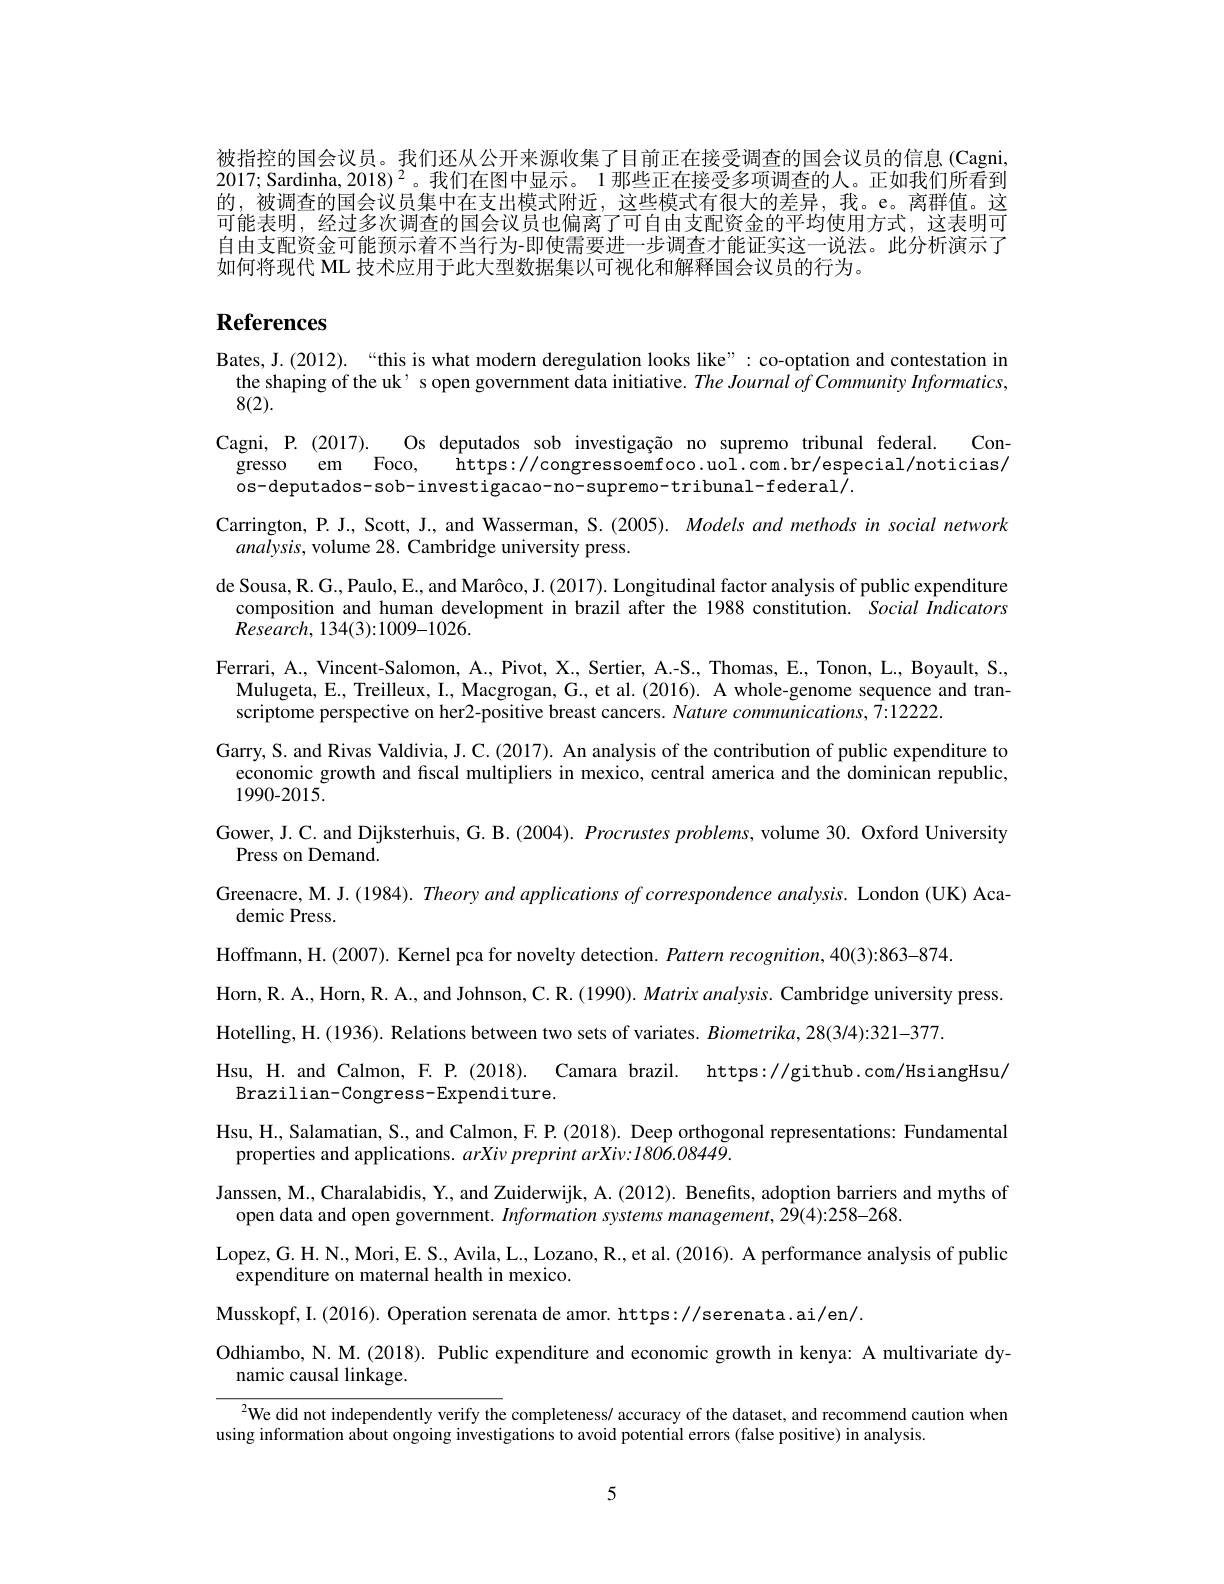
被指控的国会议员。我们还从公开来源收集了目前正在接受调查的国会议员的信息(Cagni, 2017; Sardinha, $2018)^2$。我们在图中显示。1 那些正在接受多项调查的人。正如我们所看到的，被调查的国会议员集中在支出模式附近，这些模式有很大的差异，我。e。离群值。这可能表明，经过多次调查的国会议员也偏离了可自由支配资金的平均使用方式，这表明可自由支配资金可能预示着不当行为-即使需要进一步调查才能证实这一说法。此分析演示了如何将现代 ML 技术应用于此大型数据集以可视化和解释国会议员的行为。

# References

Bates, J.(2012).“this is what modern deregulation looks like”:co-optation and contestation in
the shaping of the uk’ s open government data initiative. The Journal of Community Informatics,
8(2).
Cagni, P. (2017). Os deputados sob investigação no supremo tribunal federal. Con-
gresso em Foco, https://congressoemfoco.uol.com.br/especial/noticias/
os-deputados-sob-investigacao-no-supremo-tribunal-federal/.
Carrington, P. J., Scott, J., and Wasserman, S. (2005). Models and methods in social network
$analysis$,volume 28. Cambridge university press.
de Sousa, R. G., Paulo, E., and Marôco, J. (2017). Longitudinal factor analysis of public expenditure
composition and human development in brazil after the 1988 constitution. Social Indicators
$Research,134(3){:}1009{-}1026.$
Ferrari, A., Vincent-Salomon, A., Pivot, X., Sertier, A.-S., Thomas, E., Tonon, L., Boyault, S., Mulugeta, E., Treilleux, I., Macgrogan, G., et al. (2016). A whole-genome sequence and transcriptome perspective on her2-positive breast cancers. Nature communications, 7:12222
Garry, S. and Rivas Valdivia, J. C.(2017). An analysis of the contribution of public expenditure to
economic growth and fiscal multipliers in mexico, central america and the dominican republic,
1990-2015.
Gower, J. C. and Dijksterhuis, G. B. (2004). Procrustes problems, volume 30. Oxford University
Press on Demand.
Greenacre, M. J. (1984). Theory and applications of correspondence analysis. London (UK) Aca-
demic Press.
Hoffmann, H. (2007). Kernel pca for novelty detection. Pattern recognition, 40(3):863-874.
Horn,  R.  A. ,  Horn,  R.  A. ,  and Johnson,  C.  R.  ( 1990) .  Matrix analysis.  Cambridge university press
Hotelling, H. (1936). Relations between two sets of variates. Biometrika, 28(3/4):321-377.
Hsu, H. and Calmon, F. P. (2018). Camara brazil. https://github.com/HsiangHsu/
Brazilian-Congress-Expenditure.
Hsu, H., Salamatian, S., and Calmon, F. P. (2018). Deep orthogonal representations: Fundamental
properties and applications. $arXiv\textit{preprint arXiv: 1806. 08449. }$
Janssen, M., Charalabidis, Y., and Zuiderwijk, A. (2012). Benefits, adoption barriers and myths of
open data and open government. Information systems management, 29(4):258-268.
Lopez, G. H. N., Mori, E. S., Avila, L.., Lozano, R., et al. (2016). A performance analysis of public
expenditure on maternal health in mexico.
Musskopf, I. (2016). Operation serenata de amor. https://serenata. ai/en/.
Odhiambo, N. M. (2018). Public expenditure and economic growth in kenya: A multivariate dy-
namic causal linkage.
$^{2}$We did not independently verify the completeness/ accuracy of the dataset, and recommend caution when
using information about ongoing investigations to avoid potential errors (false positive) in analysis

5